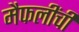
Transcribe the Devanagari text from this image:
मैफलींची